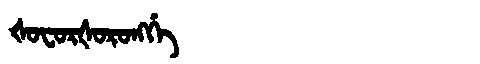
Manchu: ᡧᠣᠸᠣᡵᡧᠣᡵᠣᠩᡤᡝ
Romanization: ŠOFORŠORONGGE